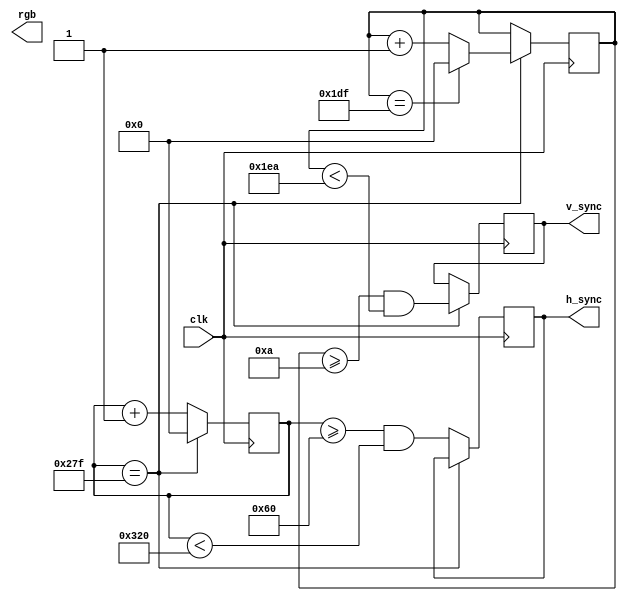
module VGA_Controller (
    input wire clk,
    output reg h_sync,
    output reg v_sync,
    output reg [7:0] rgb
);

localparam H_RES = 640;
localparam V_RES = 480;

reg [9:0] h_count;
reg [9:0] v_count;

always @(posedge clk) begin
    if(h_count == H_RES - 1) begin
        h_count <= 0;
        if(v_count == V_RES - 1) begin
            v_count <= 0;
        end else begin
            v_count <= v_count + 1;
        end
        v_sync <= (v_count >= 10 && v_count < 490);
    end else begin
        h_count <= h_count + 1;
        h_sync <= (h_count >= 96 && h_count < 800);
    end
    
    // Add RGB generation logic based on desired resolution
    
end

endmodule